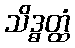
သိဒ္ဓတ္ထံ